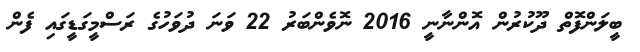
ބީލަންފޮތް ދޫކުރުން އޮންނާނީ 2016 ނޮވެންބަރު 22 ވަނަ ދުވަހުގެ ރަސްމީގަޑީގައި ފެން